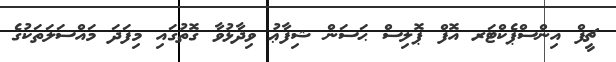
ޗީފް އިންސްޕެކްޓަރ އޮފް ޕޮލިސް ޙަސަން ޝިފާޢު ވިދާޅުވާ ގޮތުގައި މިފަދަ މައްސަލަތަކުގެ